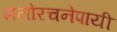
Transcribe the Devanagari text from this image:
मनोरचनेपायी